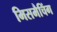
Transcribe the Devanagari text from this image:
मिसमैचिंग